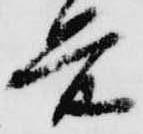
前